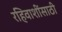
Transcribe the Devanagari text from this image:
रहिवाशींसाठी